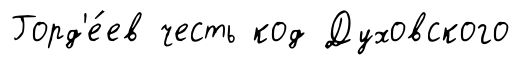
Горд'е́ев честь код Духовского